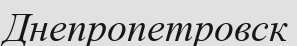
Днепропетровск